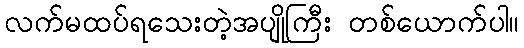
လက်မထပ်ရသေးတဲ့အပျိုကြီး တစ်ယောက်ပါ။